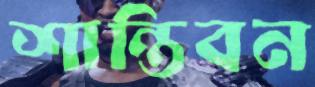
শান্তিবন